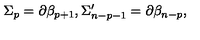
\Sigma _ { p } = \partial \mathcal { \beta } _ { p + 1 } , \Sigma _ { n - p - 1 } ^ { \prime } = \partial \mathcal { \beta } _ { n - p } ,